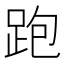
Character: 跑